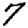
Digit: 7